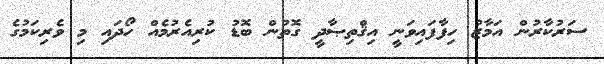
ސަރުކާރުން އަމާޒު ހިފާފައިވަނީ އިޤްތިޞާދީ ގޮތުން ބޮޑު ކުރިއެރުމެއް ހޯދައި މި ވެރިކަމުގެ